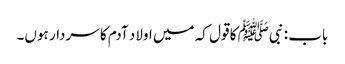
باب : نبیﷺ کا قول کہ میں اولاد آدم کا سردار ہوں۔